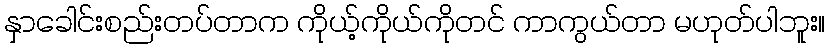
နှာခေါင်းစည်းတပ်တာက ကိုယ့်ကိုယ်ကိုတင် ကာကွယ်တာ မဟုတ်ပါဘူး။